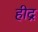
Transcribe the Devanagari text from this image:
हीद्र